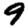
Digit: 9